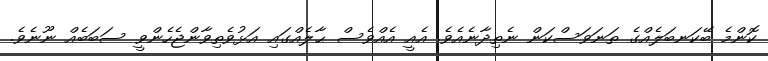
ކޮންމެ ބޭކަނބަލެއްގެ ތަނަވަސްކަން ނެތިދާނެއެވެ. އެއީ އެއްވެސް ޙާލެއްގައި އަޅުވެތިވާންޖެހެންވީ ސަބަބެއް ނޫނެވެ.